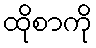
ထိုစာကို